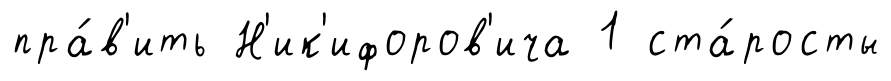
пра́в'ить Н'ик'ифоров'ича 1 ста́росты